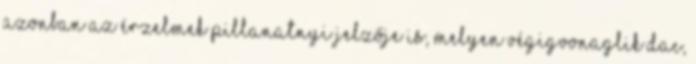
azonban az érzelmek pillanatnyi jelzője is, melyen végigvonaglik dac,